Accounts of Education Authorities, 1920
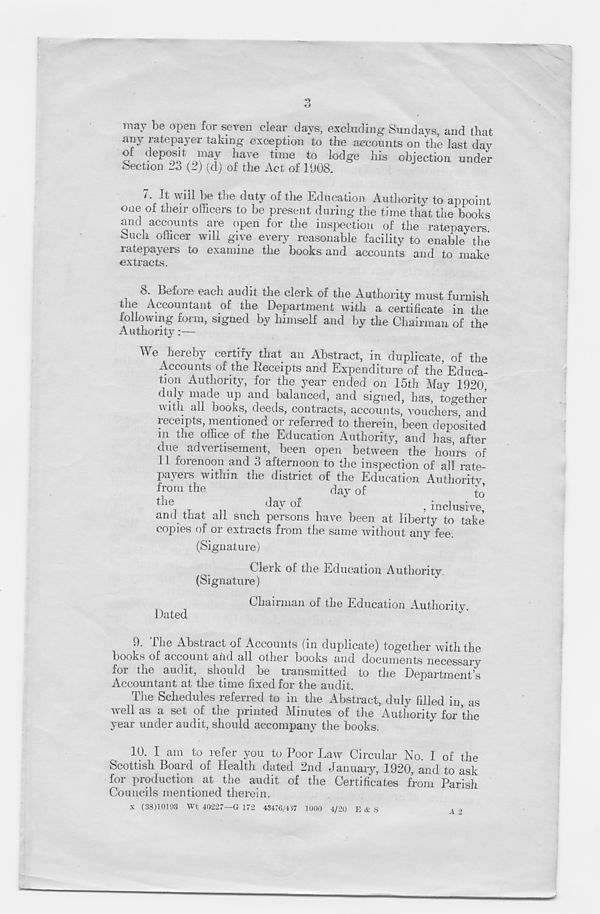
may be open for seven clear days, excluding Sundays, and that
any ratepayer taking exception to the accounts on "the last day
of deposit may have time to lodge his objection under
Section 23 (2) (d) of the Act of 1908.
7.
It will be the duty of the
one of their officers to be present during the time that the books
and accounts are open for the inspection of the ratepayers.
Such officer will give every reasonable facility to enable the
ratepayers to examine the books and accounts and to make
extracts.
8.
Before each audit the cle
the Accountant of the Department with a certificate in the
following form, signed by himself and by the Chairman of the
Authority:—
We hereby certify that an Abstract, in duplicate, of the
Accounts of the Receipts and Expenditure of the Educa-
tion Authority, for the year ended on 15th May 1920
duly made up and balanced, and signed, has, together
witli all books, deeds, contracts, accounts, vouchers, and
receipts, mentioned or referred to therein, been deposited
in the office of the Education Authority, and has, after
due advertisement, been open between the hours of
11 forenoon and 3 afternoon to the inspection of all rate-
payers within the district of the Education Authority
from the
day of
to
the
day of
"
, inclusive
and that all such persons have been at liberty to take
copies of or extracts from the same without any fee.
(Signature)
Clerk of the Education Authority.
(Signature)
Chairman of the Education Authority
Dated
^'
9. The Abstract of Accounts (in duplicate) together with the
books of account and all other books and documents necessary
for the audit, should be transmitted to the Department's
Accountant at the time fixed for the audit.
The Schedules referred to in the Abstract, duly filled in, as
well as a set of the printed Minutes of the Authority for the
year under audit, should accompany the books.
10. I am to refer you to Poor Law Circular No. 1 of the
Scottish Board of Health dated 2nd January, 1920, and to ask
for production at the audit of the Certificates from Parish
Councils mentioned therein.
X (38)10193 Wt 40227—G 172 43476/417 1000 4/20 E & S
A •>